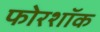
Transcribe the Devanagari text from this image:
फोरशॉक